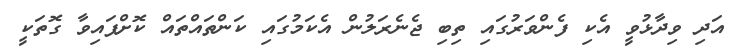
އަދި ވިދާޅުވީ އެކި ފެންވަރުގައި ތިބި ޖެނެރަލުން އެކަމުގައި ކަންތައްތައް ކޮށްފައިވާ ގޮތަކީ